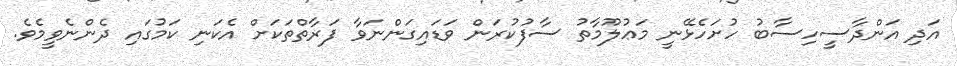
އަދި އަންދާސީހިސާބު ހުށަހެޅޭނީ މަޢުލޫމާތު ސާފުކުރަން ވަޑައިގަންނަވާ ފަރާތްތަކަށް އެކަނި ކަމުގައި ދެންނެވީމެވެ.